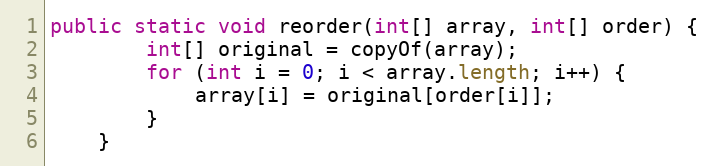
Language: Java
public static void reorder(int[] array, int[] order) {
        int[] original = copyOf(array);
        for (int i = 0; i < array.length; i++) {
            array[i] = original[order[i]];
        }
    }